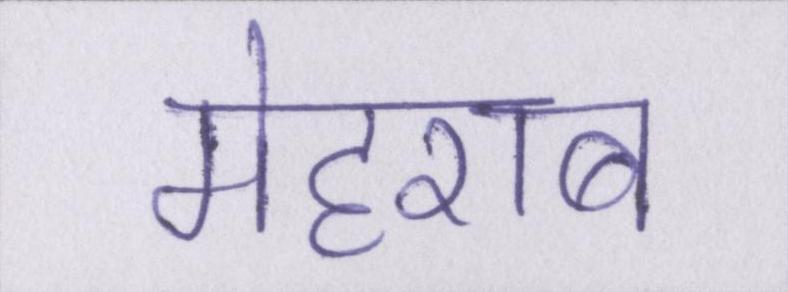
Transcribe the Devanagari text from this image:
मेहराब